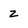
Character: z